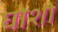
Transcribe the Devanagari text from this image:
घोशों